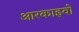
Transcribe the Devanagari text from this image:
आरकाइवों